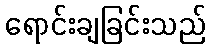
ရောင်းချခြင်းသည်